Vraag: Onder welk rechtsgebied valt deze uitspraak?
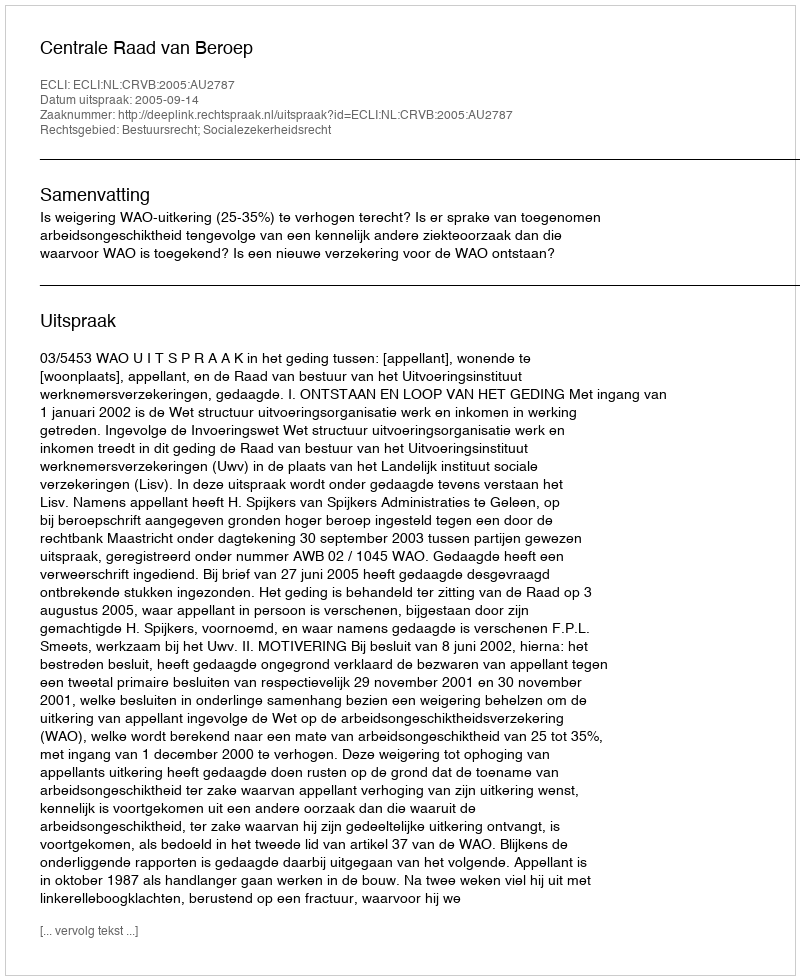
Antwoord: Bestuursrecht; Socialezekerheidsrecht